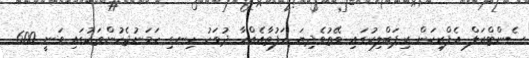
ސެންޓްރަލް އެފްރިކަން ރިޕަބްލިކުގައި ވޭތުވެދިޔަ ހަފުތާއެއްހާ ދުވަހު ހިނގި ހަމަނުޖެހުންތަކުގައި ވަނީ 600